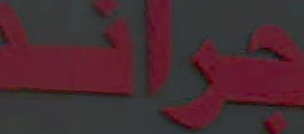
جران